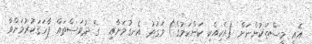
އެއީ މީސްތަކުންނަށް (އެކިއެކި ކަންކަމުގެ) ވަގުތު އެނގުމަށާއި  ގެ ދުވަސްތައް ފާހަގަކުރުމަށްވާ